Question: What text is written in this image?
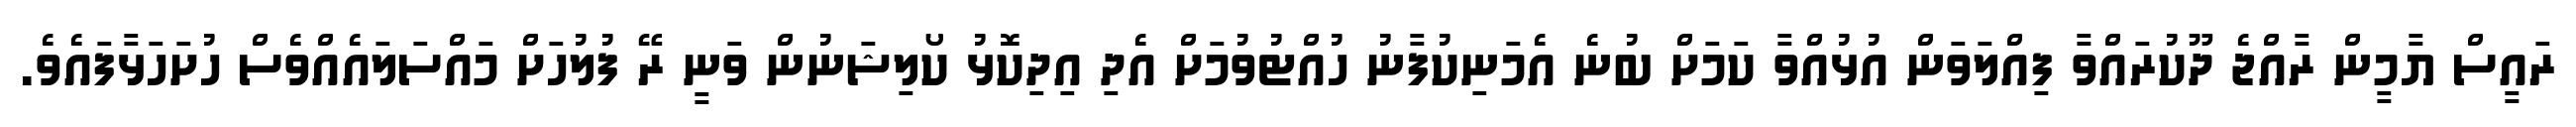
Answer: ރައީސް ޔާމީން ރާއްޖެ ދޫކުރައްވާ ފިއްލަވަން އުޅުއްވާ ކަމަށް ބުނެ އެމަނިކުފާނު ހުއްޓުވުމަށް އެދި އިދިކޮޅު ކޯލިޝަނުން ވަނީ ރޭ ފުލުހަށް މައްސަލައެއްވެސް ހުށަހަޅާފައެވެ.